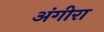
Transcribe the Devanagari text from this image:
अंगीरा